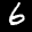
Label: 6